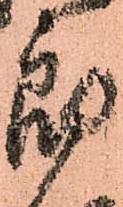
郎